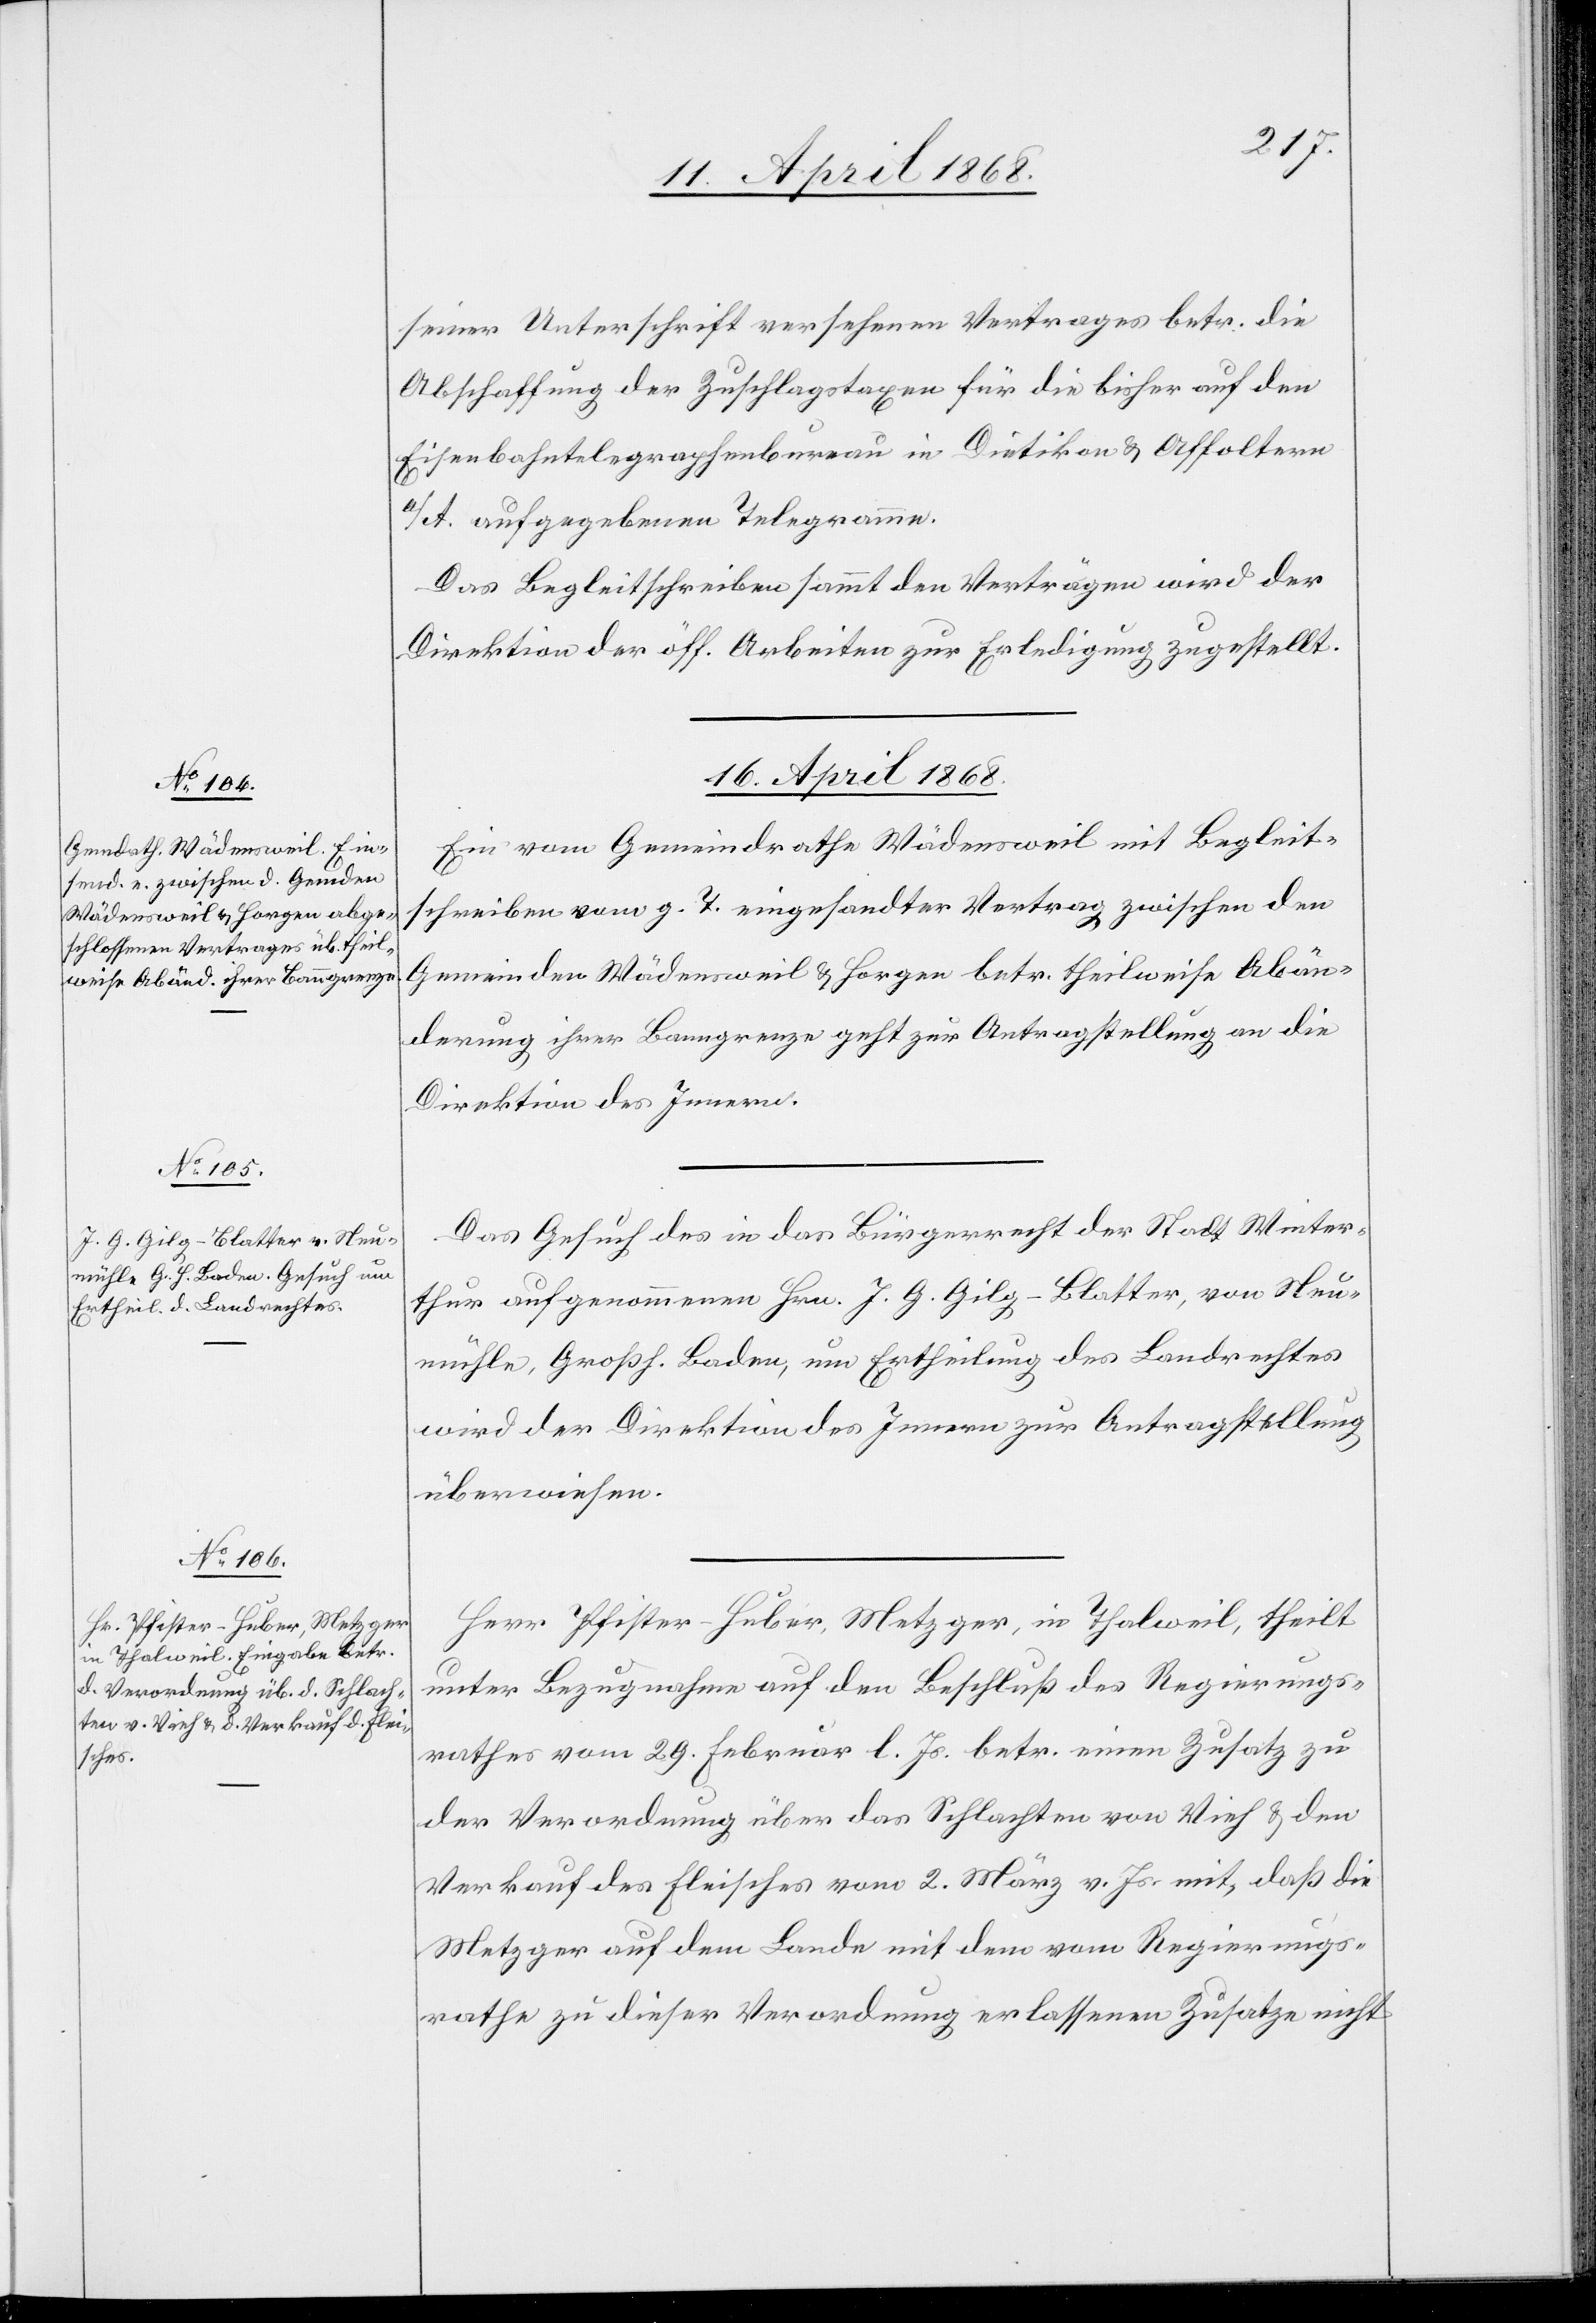
seiner Unterschrift versehenen Vertrages betr. die
Abschaffung der Zuschlagstaxen für die bisher auf den
Eisenbahntelegraphenbureau in Dietikon & Affoltern
a/A. aufgegebenen Telegramme.
Das Begleitschreiben sammt den Verträgen wird der
Direktion der öff. Arbeiten zur Erledigung zugestellt.
16. April 1868.]
Ein vom Gemeindrathe Wädensweil mit Begleit¬
schreiben vom g. T. eingesandter Vertrag zwischen den
Gemeinden Wädensweil & Horgen betr. theilweise Abän¬
derung ihrer Banngrenze geht zur Antragstellung an die
Direktion des Innern.
Das Gesuch des in das Bürgerrecht der Stadt Winter¬
thur aufgenommenen Hrn. J. G. Gilg-Blatter, von Neu¬
mühle, Großh. Baden, um Ertheilung des Landrechtes
wird der Direktion des Innern zur Antragstellung
überwiesen.
Herr Pfister-Huber, Metzger, in Thalweil, theilt
unter Bezugnahme auf den Beschluß des Regierungs¬
rathes vom 29. Februar l. Js. betr. einen Zusatz zu
der Verordnung über das Schlachten von Vieh & den
Verkauf des Fleisches vom 2. März v. Js. mit, daß die
Metzger auf dem Lande mit dem vom Regierungs¬
rathe zu dieser Verordnung erlassenen Zusatze nicht